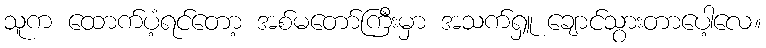
သူက ထောက်ပံ့ရင်တော့ အစ်မတော်ကြီးမှာ အသက်ရှူ ချောင်သွားတာပေါ့လေ။